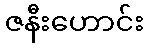
ဇနီးဟောင်း